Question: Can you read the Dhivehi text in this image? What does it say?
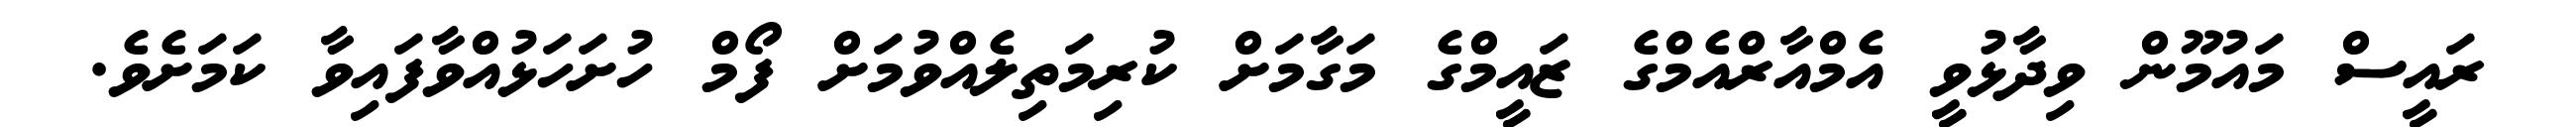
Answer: ރައީސް މައުމޫން ވިދާޅުވީ އެމްއާރްއެމްގެ ޒައީމްގެ މަގާމަށް ކުރިމަތިލެއްވުމަށް ފޯމް ހުށަހަޅުއްވާފައިވާ ކަމަށެވެ.